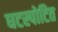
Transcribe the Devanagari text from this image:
घटस्पोटित